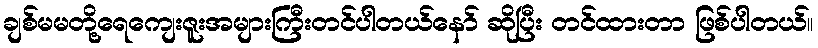
ချစ်မမတို့ရေကျေးဇူးအများကြီးတင်ပါတယ်နော် ဆိုပြီး တင်ထားတာ ဖြစ်ပါတယ်။